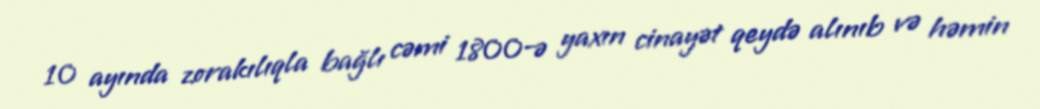
10 ayında zorakılıqla bağlı cəmi 1800-ə yaxın cinayət qeydə alınıb və həmin